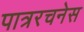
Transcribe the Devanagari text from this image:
पात्ररचनेस